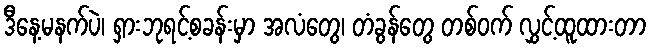
ဒီနေ့မနက်ပဲ၊ ရှားဘုရင့်စခန်းမှာ အလံတွေ၊ တံခွန်တွေ တစ်ဝက် လွှင့်ထူထားတာ